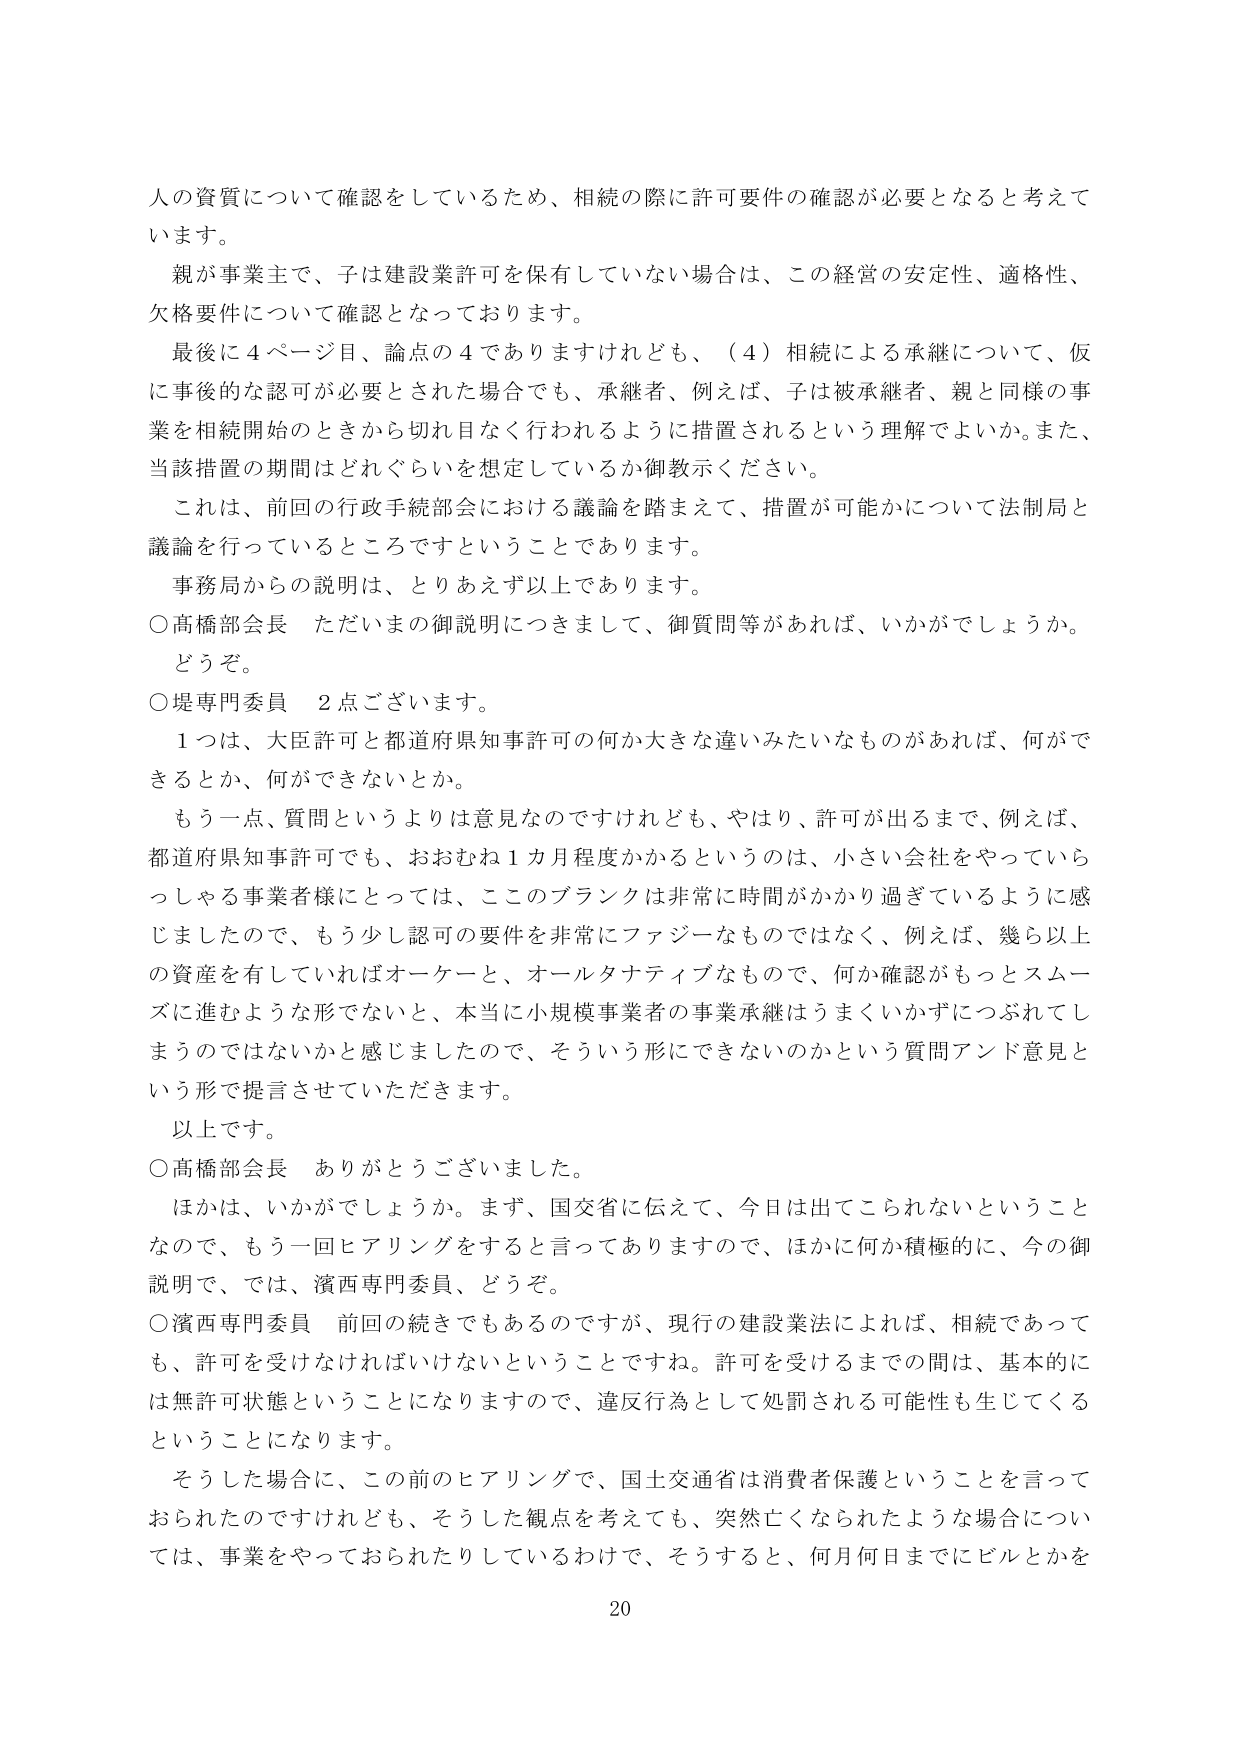
人の資質について確認をしているため、相続の際に許可要件の確認が必要となると考えています。

親が事業主で、子は建設業許可を保有していない場合は、この経営の安定性、適格性、欠格要件について確認となっております。

最後に４ページ目、論点の４でありますけれども、（４）相続による承継について、仮に事後のな認可が必要とされた場合でも、承継者、例えば、子は被承継者、親と同様の事業を相続開始のときから切れ目なく行われるように措置されるという理解でよいか。また、当該措置の期間はどれぐらいを想定しているか御教示ください。

これは、前回の行政手続部会における議論を踏まえて、措置が可能かについて法制局と議論を行っているところですということです。

事務局からの説明は、とりあえず以上であります。

○高橋部会長 ただいまの御説明につきまして、御質問等があれば、いかがでしょうか。どうぞ。

○堤専門委員 ２点ございます。

１つは、大臣許可と都道府県知事許可の何か大きな違いみたいなものがあれば、何ができるとか、何ができないとか。

もう一点、質問というよりは意見なのですが、やはり、許可が出るまで、例えば、都道府県知事許可でも、おおむね１カ月程度かかるというのは、小さい会社をやっていらっしゃる事業者様にとっては、このブランクは非常に時間がかかり過ぎているように感じましたので、もう少し認可の要件を非常にファジーなものではなく、例えば、幾ら以上の資産を有していればオーケーと、オールタナティブなもので、何か確認がもっとスムーズに進むような形でないと、本当に小規模事業者の事業承継はうまくいかずにつぶれてしまうのではないかと感じましたので、そういう形にできないのかという質問アンド意見という形で提言させていただきます。

以上です。

○高橋部会長 ありがとうございました。

ほかは、いかがでしょうか。まず、国交省に伝えて、今日は出てこられないということなので、もう一回ヒアリングをすると言っていますので、ほかに何か積極的に、今の御説明で、では、濱西専門委員、どうぞ。

○濱西専門委員 前回の続きでもあるのですが、現行の建設業法によれば、相続であっても、許可を受けなければならないということですね。許可を受けるまでの間は、基本的には無許可状態ということになりますので、違反行為として処罰される可能性も生じてくるということになります。

そうした場合に、この前のヒアリングで、国土交通省は消費者保護ということを言っておられたのですけれども、そうした観点を考えてても、突然亡くなられたような場合については、事業をやっておられたりしているわけで、そうすると、何月何日までにビルとかを

20